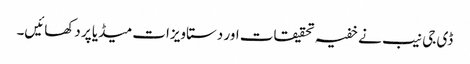
ڈی جی نیب نے خفیہ تحقیقات اور دستاویزات میڈیا پر دکھائیں۔